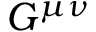
G ^ { \mu \nu }